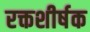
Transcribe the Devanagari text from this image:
रक्तशीर्षक